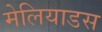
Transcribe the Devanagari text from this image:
मेलियाडस